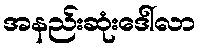
အနည်းဆုံးဒေါ်လာ